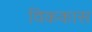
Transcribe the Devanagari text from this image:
विककास